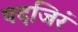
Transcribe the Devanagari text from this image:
यदजिरं